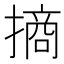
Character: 𢳣